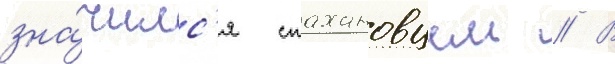
зна́чилс'я стахановцем // В